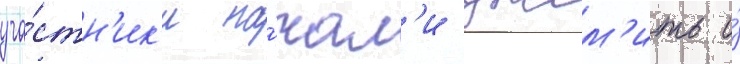
уча́стн'ик'и на́чал'и джем'ить и́